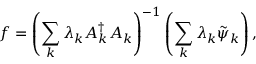
f = \left( \sum _ { k } \lambda _ { k } \boldsymbol { A } _ { k } ^ { \dagger } \boldsymbol { A } _ { k } \right) ^ { - 1 } \left( \sum _ { k } \lambda _ { k } \tilde { \psi } _ { k } \right) ,